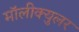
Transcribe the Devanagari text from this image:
मॉलीक्युलर